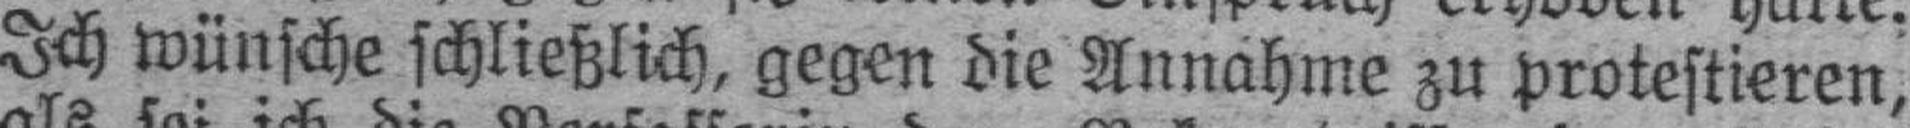
Ich wünsche schließlich, gegen die Annahme zu protestieren,